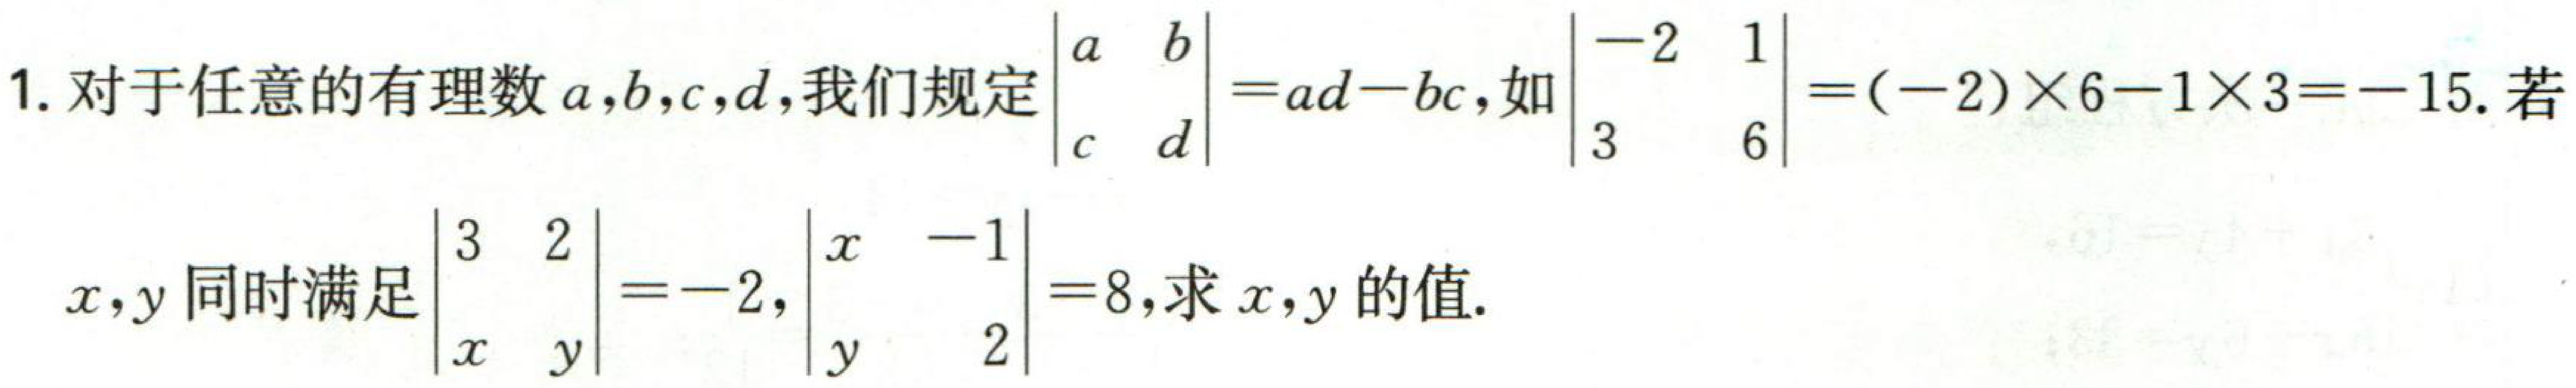
1. 对于任意的有理数\(a,b,c,d\)，我们规定\(\begin{vmatrix}a&b\\c&d\end{vmatrix}=ad - bc\)，如\(\begin{vmatrix}-2&1\\3&6\end{vmatrix}=(-2)\times6 - 1\times3=-15\). 若
\(x,y\)同时满足\(\begin{vmatrix}3&2\\x&y\end{vmatrix}=-2\)，\(\begin{vmatrix}x&-1\\y&2\end{vmatrix}=8\)，求\(x,y\)的值.